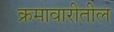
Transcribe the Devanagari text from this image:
क्रमावारीतील